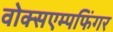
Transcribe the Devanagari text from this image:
वोक्सएम्पफिंगर